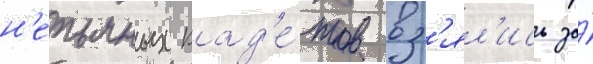
н'епьяных кад'е́тов вз'ял'ись за́